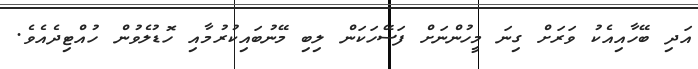
އަދި ބޭހާއިއެކު ވަރަށް ގިނަ މީހުންނަށް ފަސޭހަކަން ލިބި މޭނުބައިކުރުމާއި ހޮޑުލެވުން ހުއްޓިދެއެވެ.